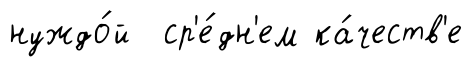
нуждо́й ср'е́дн'ем ка́честв'е